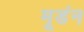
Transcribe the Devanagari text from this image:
मूडंन